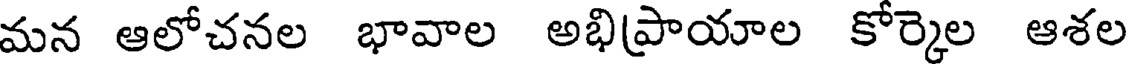
మన ఆలోచనల భావాల అభిప్రాయాల కోర్కెల ఆశల